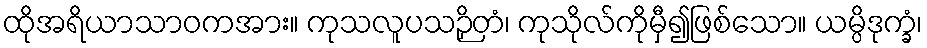
ထိုအရိယာသာဝကအား။ ကုသလူပသဉှိတံ၊ ကုသိုလ်ကိုမှီ၍ဖြစ်သော။ ယမ္ပိဒုက္ခံ၊